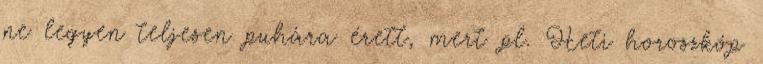
ne legyen teljesen puhára érett, mert pl. Heti horoszkóp